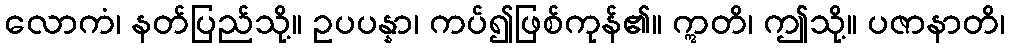
လောကံ၊ နတ်ပြည်သို့။ ဥပပန္နာ၊ ကပ်၍ဖြစ်ကုန်၏။ ဣတိ၊ ဤသို့။ ပဇာနာတိ၊